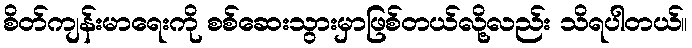
စိတ်ကျန်းမာရေးကို စစ်ဆေးသွားမှာဖြစ်တယ်လို့လည်း သိရပါတယ်။